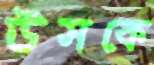
উসকে